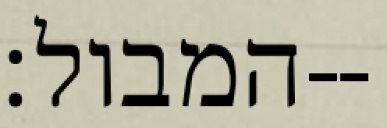
המבול׃--